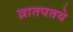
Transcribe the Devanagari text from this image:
व्रातपतये